Investigations into the jail dietaries of the United Provinces with some observations on the influence of dietary on the physical development and well-being of the people of the United Provinces - Number 48
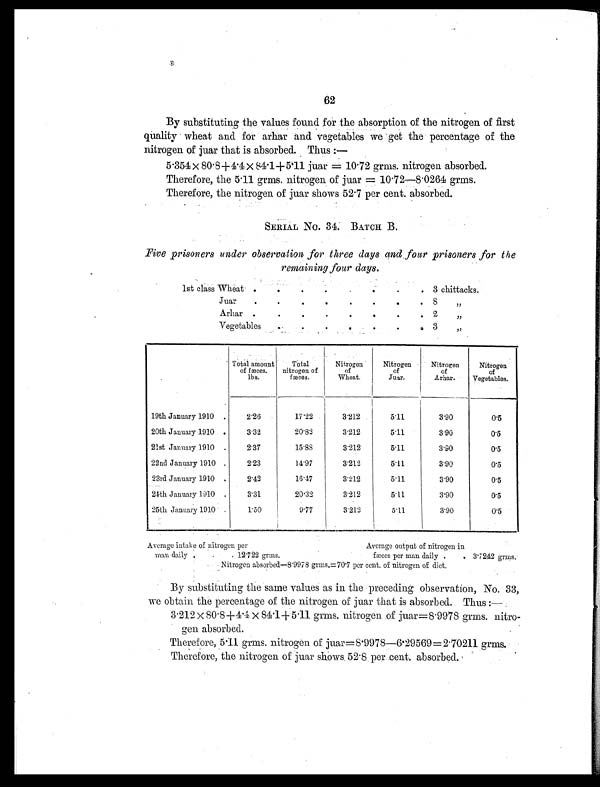
62
By substituting the values found for the absorption of the nitrogen of first
quality wheat and for arhar and vegetables we get the percentage of the
nitrogen of juar that is absorbed. Thus :
—
5.354 × 80.8+ 4.4 × 84.1 +5.11 juar = 10.72 grms. nitrogen absorbed.
Therefore, the 5.11 grms. nitrogen of juar = 10.72—8.0264 grms.
Therefore, the nitrogen of juar shows 52.7 per cent. absorbed.
SERIAL No. 34. BATCH B.
Five prisoners under observation for three days and four prisoners for the
remaining four days.
1st class Wheat .
.
.
.
. .
.
.
3 chittacks.
Juar
.
.
.
.
.
.
.
.
8 „
Arha .
.
.
.
.
. .
. 2
„
Vegetables
.
. .
. .
.
. 3
„
Total amount
of fæces.
lbs.
Total
nitrogen of
fæces.
Nitrogen
of
Wheat.
Nitrogen
of
Juar.
Nitrogen
of
Arhar.
Nitrogen
of
Vegetables.
19th January 1910 .
2.26
17.22
3.212
5.11
3.90
0.5
20th January 1910 .
3.32
20.82
3.212
5.11
3.90
0.5
21st January 1910 .
2.37
15. 88
3.212
5.11
3.90
0.5
22nd January 1910 .
2.23
14.97
3.212
5.11
3.90
0.5
23rd January 1910 .
2.42
16.47
3.212
5.11
3.90
0.5
24th January 1910 .
3.31
20.32
3.212
5.11
3.90
0.5
25th January 1910 .
1.50
9.77
3.212
5.11
3.90
0.5
Average intake of nitrogen per
Average output of nitrogen in
man daily .
. . 12.722 grms.
fæces per man daily .
. 3.7242 grms.
Nitrogen absorbed—8.9978 grms.=70.7 per cent. of nitrogen of diet.
By substituting the same values as in the preceding observation, No. 33,
we obtain the percentage of the nitrogen of juar that is absorbed. Thus :—
3.212 × 80.8+4.4 × 84.1+ 5.11 grms. nitrogen of juar=8.9978 grms. nitro-
gen absorbed.
Therefore, 5.11 grms. nitrogen of juar=8.9978—6.29569 =2.70211 grms.
Therefore, the nitrogen of juar shows 52.8 per cent. absorbed.